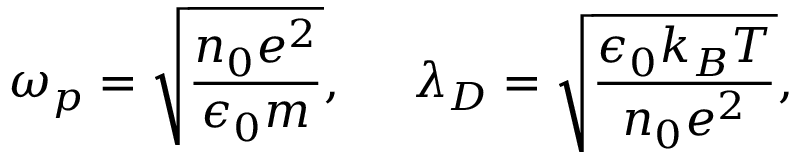
\omega _ { p } = \sqrt { \frac { n _ { 0 } e ^ { 2 } } { \epsilon _ { 0 } m } } , \ \ \ \ \lambda _ { D } = \sqrt { \frac { \epsilon _ { 0 } k _ { B } T } { n _ { 0 } e ^ { 2 } } } ,